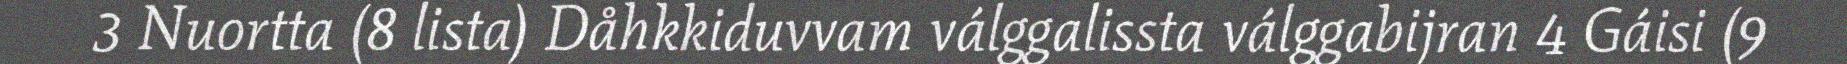
3 Nuortta (8 lista) Dåhkkiduvvam válggalissta válggabijran 4 Gáisi (9